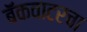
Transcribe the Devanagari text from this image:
बॅकवाटरचा